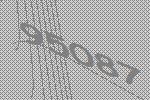
95087